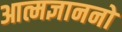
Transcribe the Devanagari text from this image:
आत्मज्ञाननो